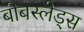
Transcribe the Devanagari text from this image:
बोबस्लेड्स